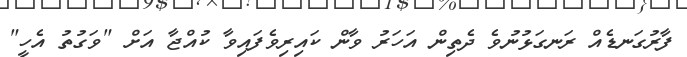
ފާރުގަނޑެއް ރަނގަޅުނުވެ ދެތިން އަހަރު ވާން ކައިރިވެފައިވާ ކުއްޖާ އަށް "ވަގުތު އެހީ"